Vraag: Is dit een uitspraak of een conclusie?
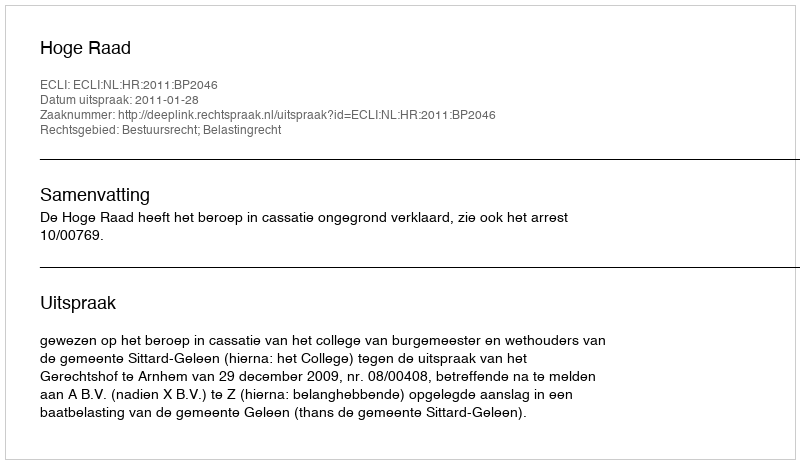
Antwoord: Uitspraak